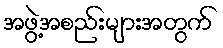
အဖွဲ့အစည်းများအတွက်